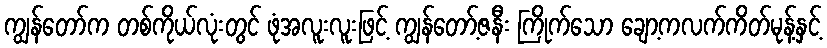
ကျွန်တော်က တစ်ကိုယ်လုံးတွင် ဖုံအလူးလူးဖြင့် ကျွန်တော့်ဇနီး ကြိုက်သော ချော့ကလက်ကိတ်မုန့်နှင့်